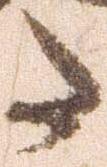
た